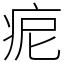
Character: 痆